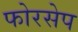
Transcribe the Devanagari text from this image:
फोरसेप